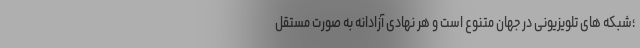
؛شبکه های تلویزیونی در جهان متنوع است و هر نهادی آزادانه به صورت مستقل